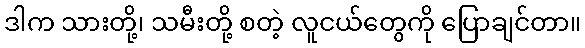
ဒါက သားတို့၊ သမီးတို့ စတဲ့ လူငယ်တွေကို ပြောချင်တာ။